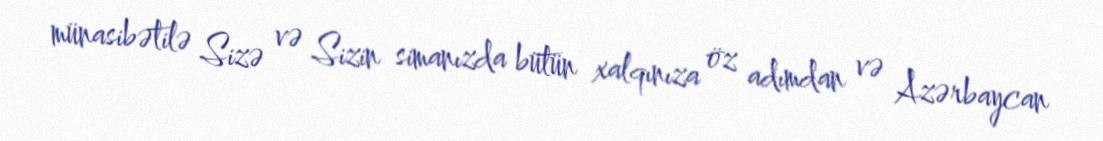
münasibətilə Sizə və Sizin simanızda bütün xalqınıza öz adımdan və Azərbaycan